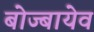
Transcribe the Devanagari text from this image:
बोज्बायेव